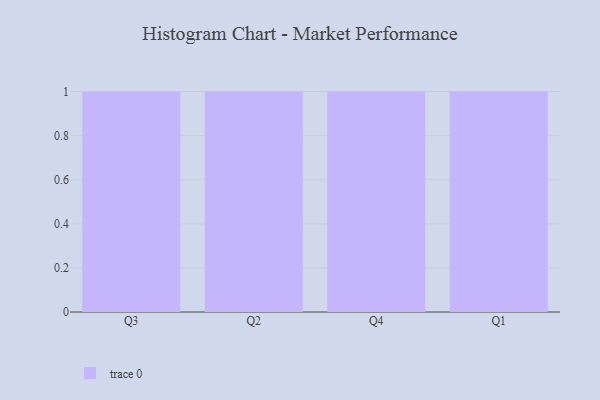
{"axis": {"x": "Quarter", "y": "Operating Costs (USD K)"}, "legend": [""], "data": [{"x": "Q3", "y": 97, "type": ""}, {"x": "Q2", "y": 53, "type": ""}, {"x": "Q4", "y": 25, "type": ""}, {"x": "Q1", "y": 29, "type": ""}]}